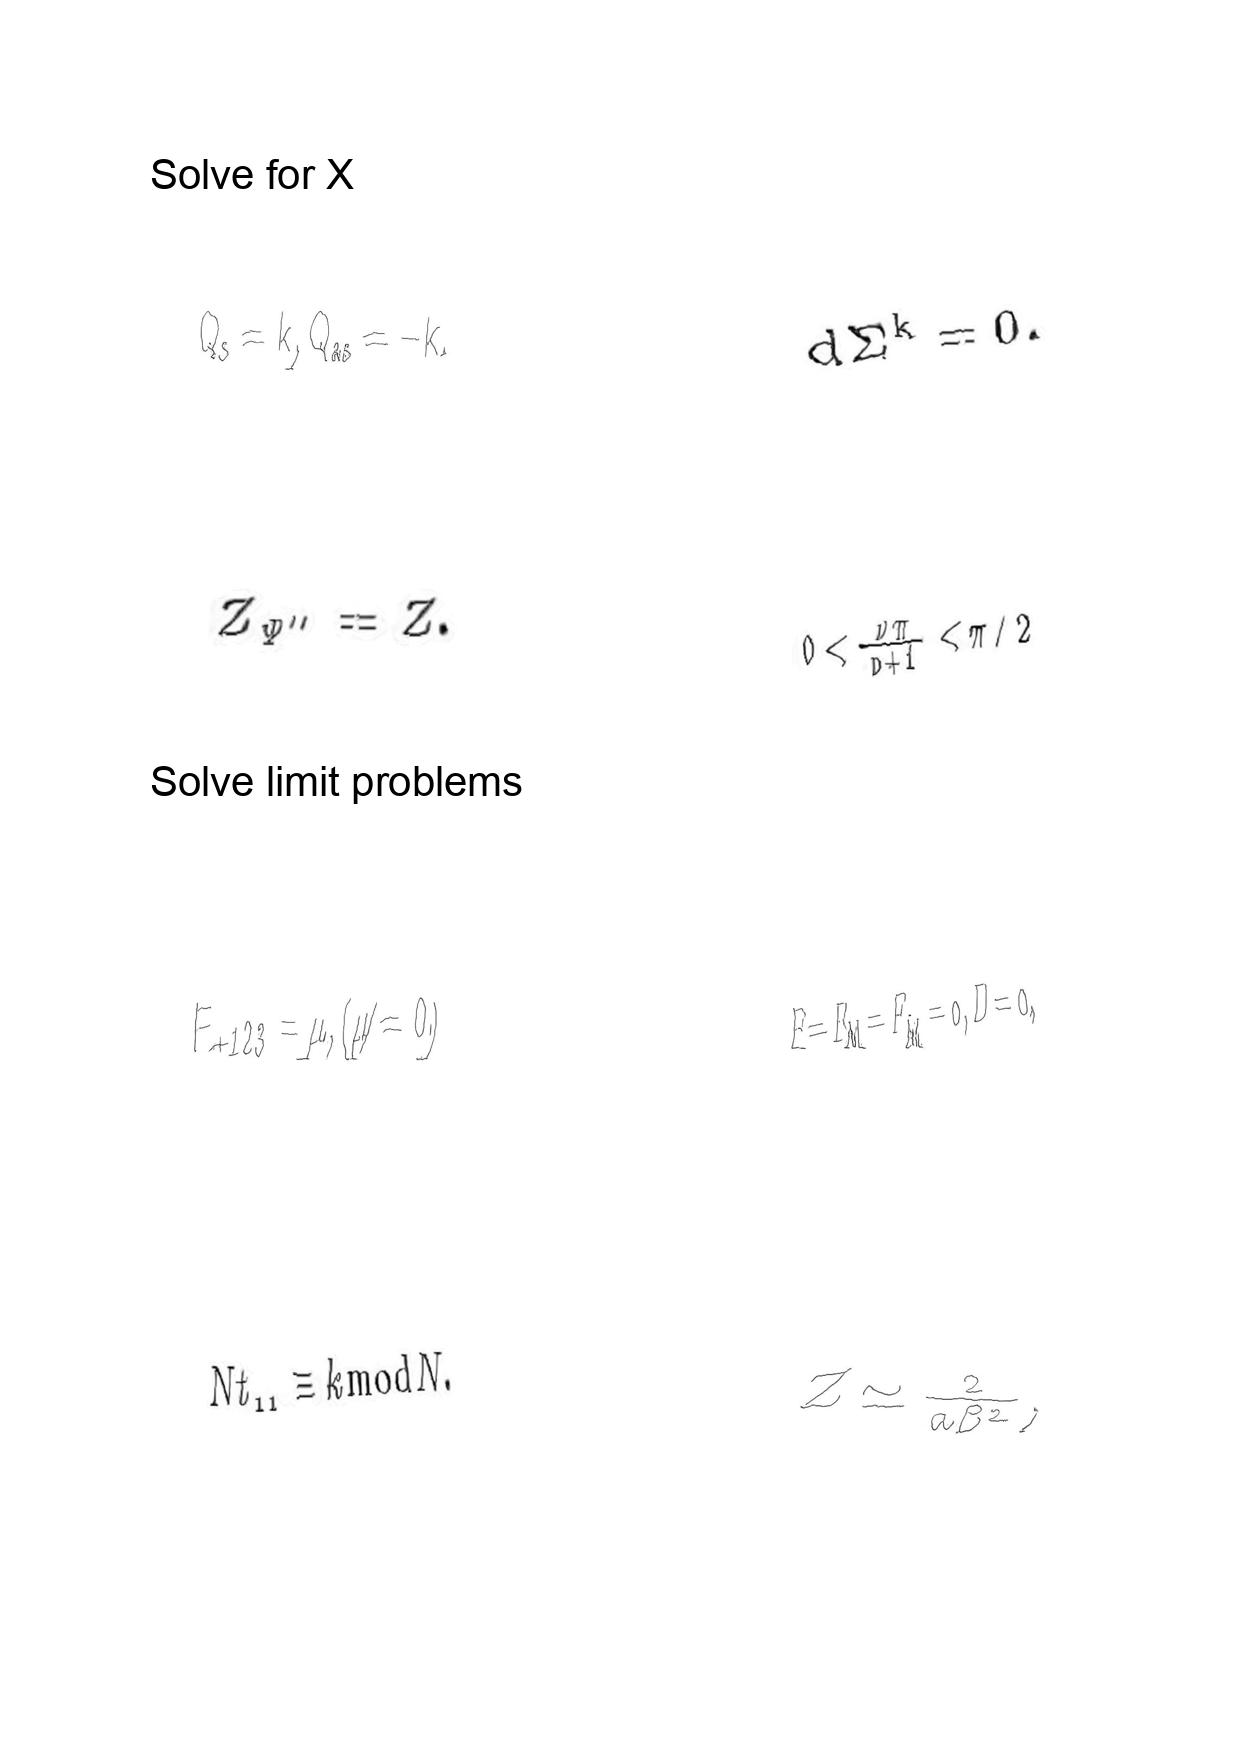
LaTeX transcription:
Q _ { s } = k , Q _ { a s } = - k .
Z _ { \Psi ^ { \prime \prime } } = Z .
F _ { + 1 2 3 } = \mu , \lparen \mu \neq 0 \rparen
N t _ { 1 1 } \equiv k \mathrm { m o d } N .
d \Sigma ^ { k } = 0 .
0 \lt \frac { \nu \pi } { p + 1 } \lt \pi / 2
F = F _ { M } = F _ { \tilde { M } } = 0 , D = 0 ,
Z \simeq \frac { 2 } { a \beta ^ { 2 } } ,